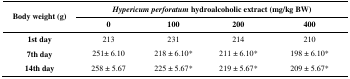
| <ROWSPAN=2> Body weight (g) | <COLSPAN=4> Hypericum perforatum hydroalcoholic extract (mg/kg BW) |
 | 0 | 100 | 200 | 400 |
 | --- | --- | --- | --- | --- |
 | 1st day | 213 | 231 | 214 | 210 |
 | 7th day | 251± 6.10 | 218 ± 6.10* | 211 ± 6.10* | 198 ± 6.10* |
 | 14th day | 258 ± 5.67 | 225 ± 5.67* | 219 ± 5.67* | 209 ± 5.67* |